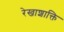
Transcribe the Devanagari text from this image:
रेखाशाक्ति